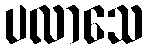
ပလာသေ